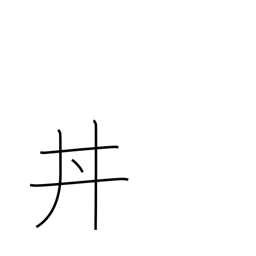
Meaning: bowl of food